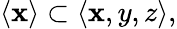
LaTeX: \langle\mathbf{x}\rangle\subset\langle\mathbf{x},y,z\rangle,